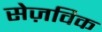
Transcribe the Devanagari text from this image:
सेज़विक